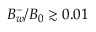
B _ { w } ^ { - } / B _ { 0 } \gtrsim 0 . 0 1